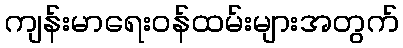
ကျန်းမာရေးဝန်ထမ်းများအတွက်